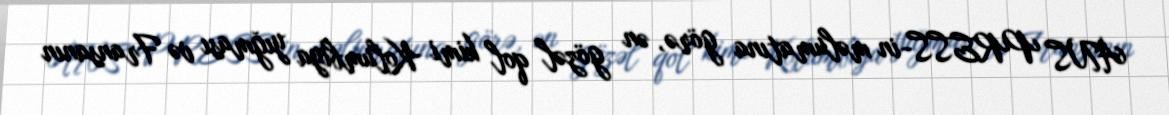
ANS PRESS-in məlumatına görə, ən gözəl qol kimi Kolumbiya yığması və Fransanın